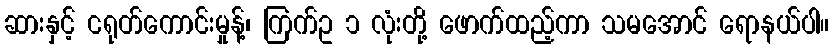
ဆားနှင့် ငရုတ်ကောင်းမှုန့်၊ ကြက်ဥ ၁ လုံးတို့ ဖောက်ထည့်ကာ သမအောင် ရောနယ်ပါ။